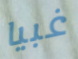
غبيا